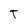
Character: T